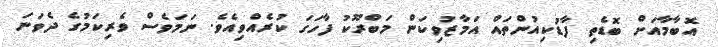
އޮބާމާއަށް ބޮޑެތި ފާޑުކިއުންތައް އަމާޒުވިކަން މަބްރޫކު ފާހަގަ ކުރެއްވިއެވެ. ނަމަވެސް ވެރިކަމުގެ ދެވަނަ